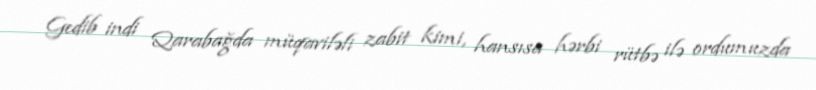
Gedib indi Qarabağda müqaviləli zabit kimi, hansısa hərbi rütbə ilə ordumuzda